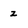
Character: z